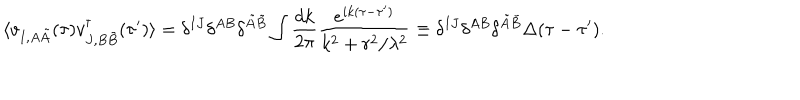
LaTeX: \langle v _ { I , A \tilde { A } } ( \tau ) v _ { J , B \tilde { B } } ^ { \dagger } ( \tau ^ { \prime } ) \rangle = \delta ^ { I J } \delta ^ { A B } \delta ^ { \tilde { A } \tilde { B } } \int \frac { d k } { 2 \pi } \frac { e ^ { i k ( \tau - \tau ^ { \prime } ) } } { k ^ { 2 } + r ^ { 2 } / \lambda ^ { 2 } } \equiv \delta ^ { I J } \delta ^ { A B } \delta ^ { \tilde { A } \tilde { B } } \Delta ( \tau - \tau ^ { \prime } ) .